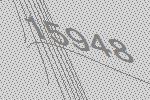
15948